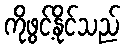
ကိုဖွင့်နိုင်သည်